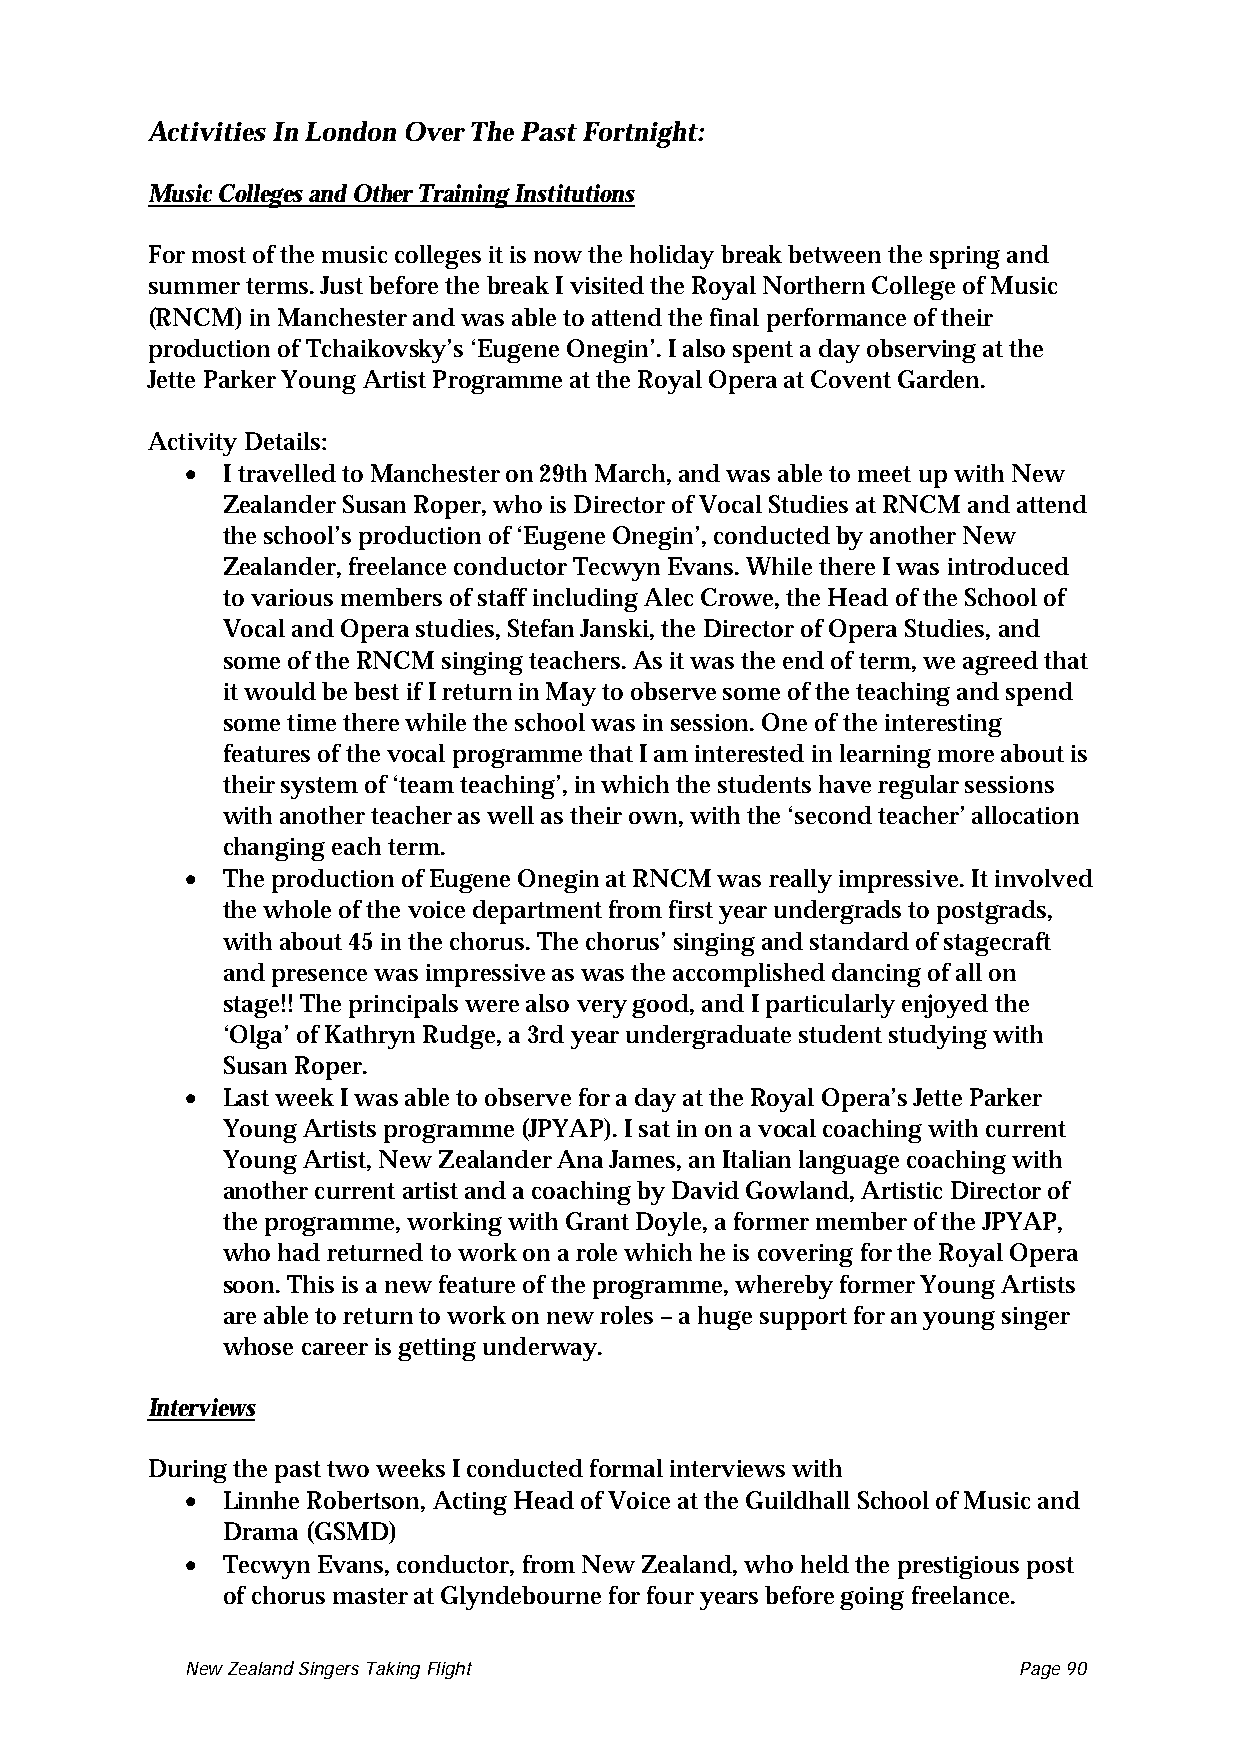
Activities In London Over The Past Fortnight:
 Music Colleges and Other Training Institutions
 For most of the music colleges it is now the holiday break between the spring and
 summer terms. Just before the break I visited the Royal Northern College of Music
 (RNCM) in Manchester and was able to attend the final performance of their
 production of Tchaikovsky’s ‘Eugene Onegin’. I also spent a day observing at the
 Jette Parker Young Artist Programme at the Royal Opera at Covent Garden.
 Activity Details:
 •
 I travelled to Manchester on 29th March, and was able to meet up with New
 Zealander Susan Roper, who is Director of Vocal Studies at RNCM and attend
 the school’s production of ‘Eugene Onegin’, conducted by another New
 Zealander, freelance conductor Tecwyn Evans. While there I was introduced
 to various members of staff including Alec Crowe, the Head of the School of
 Vocal and Opera studies, Stefan Janski, the Director of Opera Studies, and
 some of the RNCM singing teachers. As it was the end of term, we agreed that
 it would be best if I return in May to observe some of the teaching and spend
 some time there while the school was in session. One of the interesting
 features of the vocal programme that I am interested in learning more about is
 their system of ‘team teaching’, in which the students have regular sessions
 with another teacher as well as their own, with the ‘second teacher’ allocation
 changing each term.
 •
 The production of Eugene Onegin at RNCM was really impressive. It involved
 the whole of the voice department from first year undergrads to postgrads,
 with about 45 in the chorus. The chorus’ singing and standard of stagecraft
 and presence was impressive as was the accomplished dancing of all on
 stage!! The principals were also very good, and I particularly enjoyed the
 ‘Olga’ of Kathryn Rudge, a 3rd year undergraduate student studying with
 Susan Roper.
 •
 Last week I was able to observe for a day at the Royal Opera’s Jette Parker
 Young Artists programme (JPYAP). I sat in on a vocal coaching with current
 Young Artist, New Zealander Ana James, an Italian language coaching with
 another current artist and a coaching by David Gowland, Artistic Director of
 the programme, working with Grant Doyle, a former member of the JPYAP,
 who had returned to work on a role which he is covering for the Royal Opera
 soon. This is a new feature of the programme, whereby former Young Artists
 are able to return to work on new roles – a huge support for an young singer
 whose career is getting underway.
 Interviews
 During the past two weeks I conducted formal interviews with
 •
 Linnhe Robertson, Acting Head of Voice at the Guildhall School of Music and
 Drama (GSMD)
 •
 Tecwyn Evans, conductor, from New Zealand, who held the prestigious post
 of chorus master at Glyndebourne for four years before going freelance.
 New Zealand Singers Taking Flight Page 90